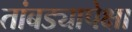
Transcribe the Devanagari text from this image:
तांबड्यापेक्षा